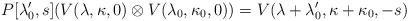
\begin{align*}P[\lambda_0',s] (V(\lambda,\kappa,0)\otimes V(\lambda_0,\kappa_0,0))={V}(\lambda+\lambda_0',\kappa+\kappa_0,-s)\end{align*}